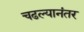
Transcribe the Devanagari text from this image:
चढल्यानंतर